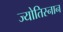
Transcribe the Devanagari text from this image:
ज्योतिस्नान